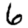
Digit: 6